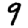
Digit: 9